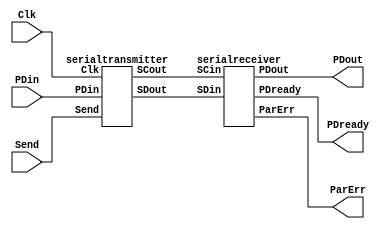
module toplevel(Clk,Send,PDin,PDout,PDready,ParErr);

input Clk;
input Send;
input [7:0] PDin;

output PDready;
output [7:0] PDout;
output ParErr; 

wire SDout;
wire SCout;


serialtransmitter X(Clk,Send,PDin,SCout,SDout);
serialreceiver Y(SCout, SDout, PDout, PDready,ParErr);

endmodule 

 

module serialtransmitter(Clk,Send,PDin,SCout,SDout);
input Clk;
input Send;
input [7:0] PDin; 

output SCout; 
output reg SDout;

reg [9:0] SR; 
assign SCout = Clk; 
wire A; 
wire Send2; 
reg Send1;
assign A = ^PDin[7:0]; 


always@(posedge Clk)
begin
	Send1 <= Send;
end
assign Send2 = Send & ~Send1; 

always @(posedge Clk)
begin
	if (Send2 == 1'b1)  
	begin
		if(SR[9:0] == 10'b0 ) 
		begin
			SR[9] <= 1'b1; 
			SR[8:1] <= PDin[7:0]; 
			SR[0] <= A; 
			SDout <=1'b0; 
		end
		else  
		begin
			SDout <= SR[9];  
			SR[9:1] <= SR[8:0]; 
			SR[0] <= 1'b0; 
		end
	end
	else 
	begin 
		if(SR[9:0] == 10'b0 )  
		begin
			SDout <= 1'b0;  
		end
		else 
		begin
			SDout <= SR[9]; 
			SR[9:1] <= SR[8:0]; 
			SR[0] <= 1'b0;
		end
	end
end
endmodule 

//SERIAL RECEVER

module serialreceiver(SCin, SDin, PDout, PDready,ParErr);
input SCin;
input SDin;

output reg PDready;
output reg [7:0] PDout;
output reg ParErr;

reg [3:0] counter = 4'b0; 

always@(posedge SCin)
begin

	PDout[0] <= SDin;  
	PDout[7:1] <= PDout[6:0];
	
	
	if(SDin == 1'b1) 
	begin
		if(counter[3:0] == 4'b0000) 
		begin
			PDout <= 1'b0; 
			PDready <= 0; 
			counter[3:0] <= counter[3:0] + 1'b1; 
		end
		else if(counter[3:0] == 4'b1010) 
		begin
			PDready <= 0; 
			PDout[7:0] <= 8'b0;
			counter[3:0] <= 4'b0000; 
		end
		else
		begin
			counter[3:0] <= counter[3:0] + 1'b1; 
			PDready <= 0;
			if(counter[3:0] == 4'b1001) 
			begin
				PDready <= 1'b1; 
				PDout[7:0] <= PDout[7:0];
				ParErr <= SDin^(^PDout[7:0]); 
			end                               
		                                      
		end
	end
	
	else
	begin
		if(counter[3:0] == 4'b0)  
		begin
			PDout<=1'b0;
			PDout[7:0] <= 0;
			PDready <= 0;
		end
		else if(counter[3:0] == 4'b1010) 
		begin
			PDready <= 0;
			counter[3:0] <= 4'b0000;
			PDout[7:0] <= 8'b0;
		end
		else
		begin
			counter[3:0] <= counter[3:0] + 1'b1; 
			PDready <= 0;
			if(counter[3:0] == 4'b1001) 
			begin
				PDready <= 1;
				PDout[7:0] <= PDout[7:0];
				ParErr <= SDin^(^PDout[7:0]); 

			end
		end
	end
		
end
endmodule